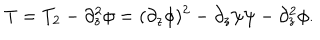
T = T _ { 2 } - \partial _ { z } ^ { 2 } \phi = ( \partial _ { z } \phi ) ^ { 2 } - \partial _ { z } \psi \psi - \partial _ { z } ^ { 2 } \phi .